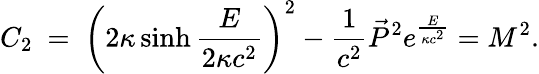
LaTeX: C_{2}\ =\ \left(2\kappa\sinh\frac{E}{2\kappa c^{2}}\right)^{2}-{\frac{1}{c^{2}}}\vec{P}^{2}e^{\frac{E}{\kappa c^{2}}}=M^{2}.